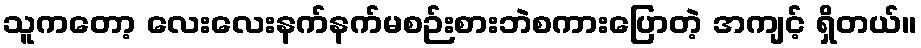
သူကတော့ လေးလေးနက်နက်မစဉ်းစားဘဲစကားပြောတဲ့ အကျင့် ရှိတယ်။